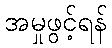
အမှုဖွင့်ရန်